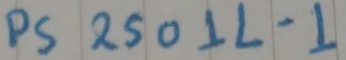
Text: NEC PS2501L